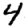
Digit: 4